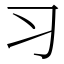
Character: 习